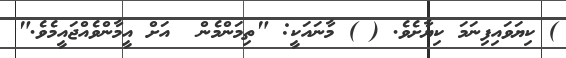
) ކިޔަވައިފިނަމަ ކިޔާށެވެ. ( ) މާނައަކީ: "ތިމަންމެން  އަށް އީމާންވެއްޖައީމެވެ."